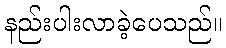
နည်းပါးလာခဲ့ပေသည်။